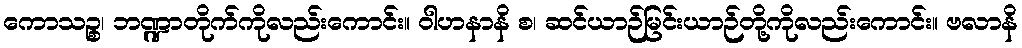
ကောသဉ္စ၊ ဘဏ္ဍာတိုက်ကိုလည်းကောင်း။ ဝါဟနာနိ စ၊ ဆင်ယာဉ်မြင်းယာဉ်တို့ကိုလည်းကောင်း။ ဗလာနိ